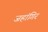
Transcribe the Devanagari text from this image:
जहांगिर